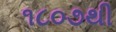
૧૮૦૭થી